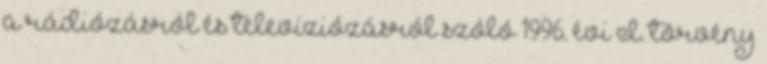
a rádiózásról és televíziózásról szóló 1996. évi I. törvény